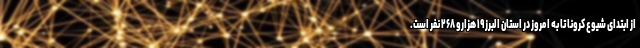
از ابتدای شیوع کرونا تا به امروز در استان البرز ۱۹ هزارو ۲۶۸ نفر است.